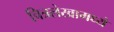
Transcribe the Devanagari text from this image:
चित्रलेखामध्ये